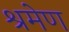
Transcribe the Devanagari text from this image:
श्रमेण